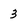
Character: 3